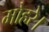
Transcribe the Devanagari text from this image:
मोहरे।